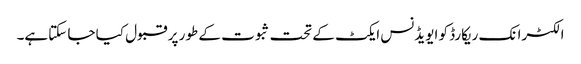
الکٹرانک ریکارڈ کو ایویڈنس ایکٹ کے تحت ثبوت کے طور پر قبول کیا جا سکتاہے۔